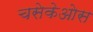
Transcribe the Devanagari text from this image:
चसेकेओस